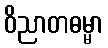
ဝိညာတဓမ္မာ